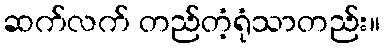
ဆက်လက် တည်တံ့ရုံသာတည်း။